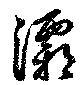
灞